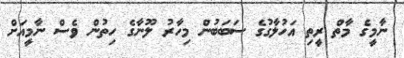
ނާމީގެ މާތް ރީތި އަހުލާގުގެ ސަބަބުން މިހާރު ލޫނާގެ ހިތުން ވެސް ނާމީއަށް